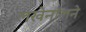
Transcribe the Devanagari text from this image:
लखेनॉलने